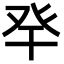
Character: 癷